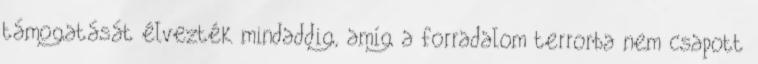
támogatását élvezték mindaddig, amíg a forradalom terrorba nem csapott